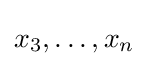
x_{3},\dots ,x_{n}